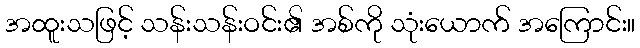
အထူးသဖြင့် သန်းသန်းဝင်း၏ အစ်ကို သုံးယောက် အကြောင်း။